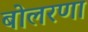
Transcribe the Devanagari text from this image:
बोलरणा